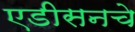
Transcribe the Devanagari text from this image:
एडीसनचे